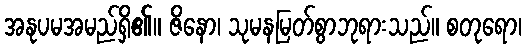
အနုပမအမည်ရှိ၏။ ဇိနော၊ သုမနမြတ်စွာဘုရားသည်။ စတုရော၊